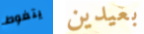
يتغوط بعيدين